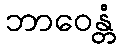
ဘာဝေန္တံ